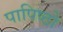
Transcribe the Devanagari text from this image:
पापिष्ठो